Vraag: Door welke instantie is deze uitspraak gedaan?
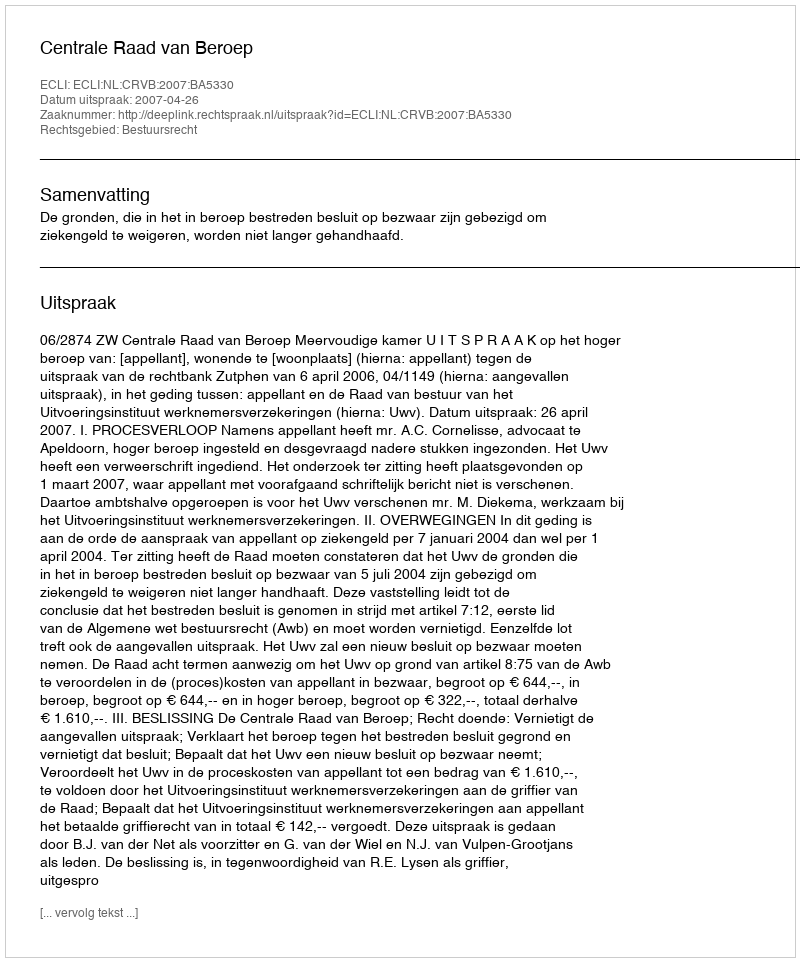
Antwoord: Centrale Raad van Beroep